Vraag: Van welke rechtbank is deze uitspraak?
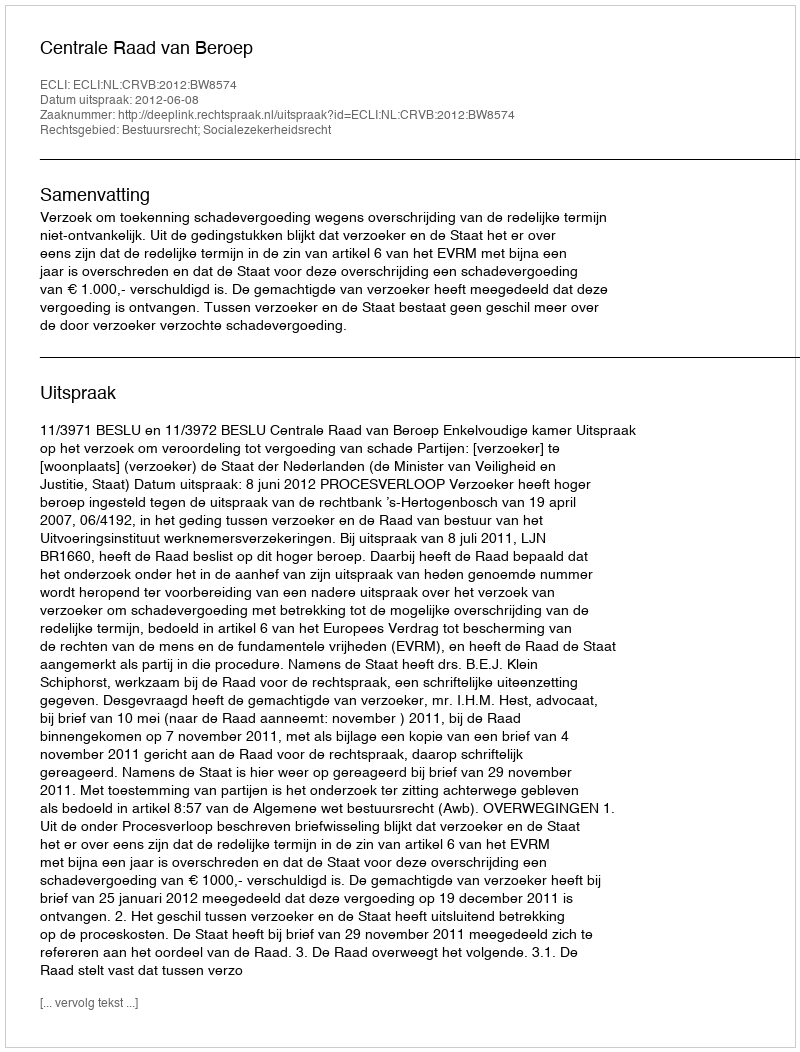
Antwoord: Centrale Raad van Beroep